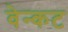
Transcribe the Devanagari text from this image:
वेन्कट